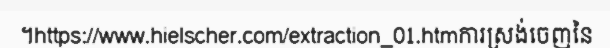
។https://www.hielscher.com/extraction_01.htmការស្រង់ចេញនៃ